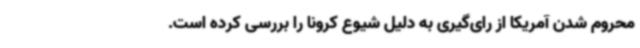
محروم شدن آمریکا از رای‌گیری به دلیل شیوع کرونا را بررسی کرده است.